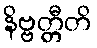
နိဗ္ဗတ္တီတိ